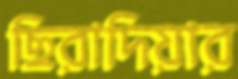
ছিরাদিয়ার